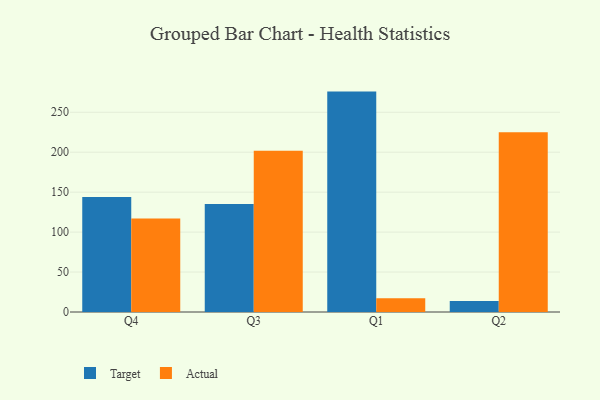
{"axis": {"x": "Quarter", "y": "Humidity (%)"}, "legend": ["Actual", "Target"], "data": [{"x": "Q4", "y": 144.1, "type": "Target"}, {"x": "Q4", "y": 117.2, "type": "Actual"}, {"x": "Q3", "y": 135.2, "type": "Target"}, {"x": "Q3", "y": 201.9, "type": "Actual"}, {"x": "Q1", "y": 275.9, "type": "Target"}, {"x": "Q1", "y": 17.1, "type": "Actual"}, {"x": "Q2", "y": 13.9, "type": "Target"}, {"x": "Q2", "y": 225.0, "type": "Actual"}]}